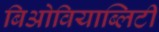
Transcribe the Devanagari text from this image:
बिओवियाब्लिटी